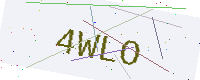
Text: 4WLO